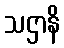
သဌာနိ